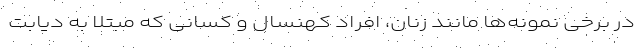
در برخی نمونه‌ها مانند زنان، افراد کهنسال و کسانی که مبتلا به دیابت